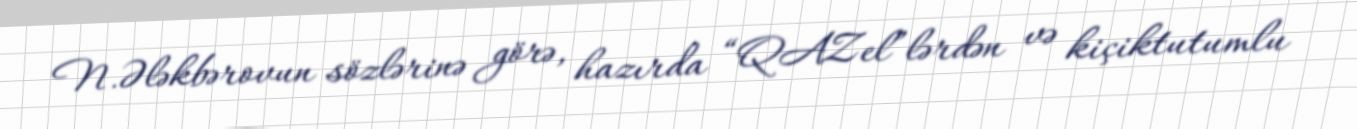
N.Ələkbərovun sözlərinə görə, hazırda “QAZel”lərdən və kiçiktutumlu